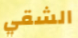
الشقي